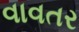
વાવતર